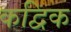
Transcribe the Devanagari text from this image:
कद्विक